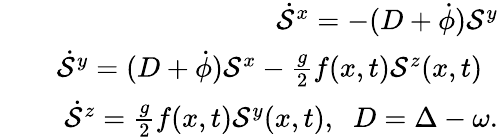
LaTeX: \begin{array}{rlr}&{}&{\dot{\mathcal{S}}^{x}=-(D+\dot{\phi})\mathcal{S}^{y}}\\ &{}&{\dot{\mathcal{S}}^{y}=(D+\dot{\phi})\mathcal{S}^{x}-\frac{g}{2}f(x,t)\mathcal{S}^{z}(x,t)\; \; }\\ &{}&{\dot{\mathcal{S}}^{z}=\frac{g}{2}f(x,t)\mathcal{S}^{y}(x,t),\; \; D=\Delta-\omega.}\end{array}